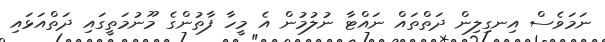
ނަމަވެސް އިނގިލިން ދަތްތައް ނައްޓާ ނުލުމުން އެ މީހާ ފާތުންގެ މޫނުމަތީގައި ދަތްއަޅައި